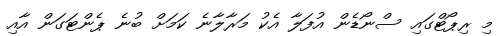
މި ރިޕޯޓްގައި ސްނޯޑެން އުފަލާ އެކު މަރާލާނެ ކަމަށް ބުނެ ޕެންޓަގަން އާއި